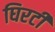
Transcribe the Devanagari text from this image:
घिरटी